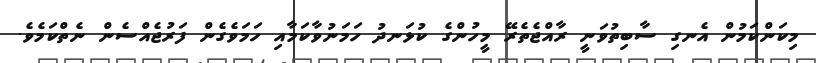
މިކަންކަމުން އެނގި ސާބިތުވަނީ ރާއްޖެތެރޭ މީހުންގެ ކުޅަނދު ހަމަނުވާކަމާއި ހަމަވެގެން ފަރުޖެއްސެން ނެތްކަމެވެ.